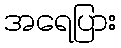
အရေပြား